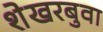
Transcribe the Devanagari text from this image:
शेखरबुवा